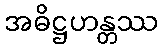
အဓိဋ္ဌဟန္တဿ